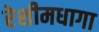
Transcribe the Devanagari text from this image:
रेशीमधागा